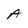
Character: A